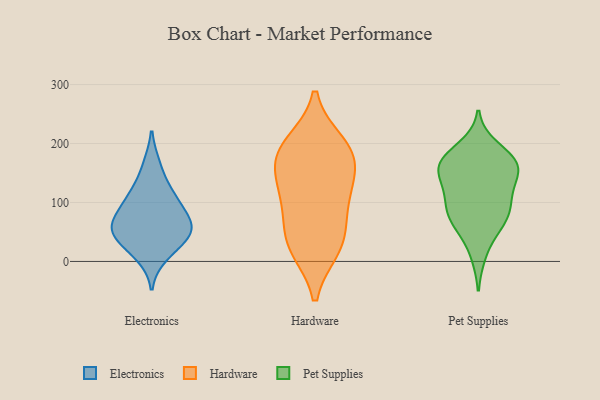
{"axis": {"x": "Shipments", "y": "Value"}, "legend": ["Electronics", "Hardware", "Pet Supplies"], "data": [{"x": "", "y": 111, "type": "Electronics"}, {"x": "", "y": 116, "type": "Electronics"}, {"x": "", "y": 66, "type": "Electronics"}, {"x": "", "y": 63, "type": "Electronics"}, {"x": "", "y": 93, "type": "Electronics"}, {"x": "", "y": 163, "type": "Electronics"}, {"x": "", "y": 45, "type": "Electronics"}, {"x": "", "y": 62, "type": "Electronics"}, {"x": "", "y": 10, "type": "Electronics"}, {"x": "", "y": 48, "type": "Electronics"}, {"x": "", "y": 31, "type": "Electronics"}, {"x": "", "y": 198, "type": "Hardware"}, {"x": "", "y": 173, "type": "Hardware"}, {"x": "", "y": 24, "type": "Hardware"}, {"x": "", "y": 103, "type": "Hardware"}, {"x": "", "y": 181, "type": "Hardware"}, {"x": "", "y": 36, "type": "Hardware"}, {"x": "", "y": 133, "type": "Hardware"}, {"x": "", "y": 34, "type": "Hardware"}, {"x": "", "y": 183, "type": "Hardware"}, {"x": "", "y": 104, "type": "Hardware"}, {"x": "", "y": 193, "type": "Pet Supplies"}, {"x": "", "y": 169, "type": "Pet Supplies"}, {"x": "", "y": 173, "type": "Pet Supplies"}, {"x": "", "y": 113, "type": "Pet Supplies"}, {"x": "", "y": 135, "type": "Pet Supplies"}, {"x": "", "y": 159, "type": "Pet Supplies"}, {"x": "", "y": 160, "type": "Pet Supplies"}, {"x": "", "y": 160, "type": "Pet Supplies"}, {"x": "", "y": 58, "type": "Pet Supplies"}, {"x": "", "y": 116, "type": "Pet Supplies"}, {"x": "", "y": 70, "type": "Pet Supplies"}, {"x": "", "y": 94, "type": "Pet Supplies"}, {"x": "", "y": 83, "type": "Pet Supplies"}, {"x": "", "y": 73, "type": "Pet Supplies"}, {"x": "", "y": 13, "type": "Pet Supplies"}, {"x": "", "y": 164, "type": "Pet Supplies"}]}